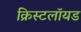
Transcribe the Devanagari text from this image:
क्रिस्टलॉयड